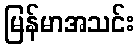
မြန်မာအသင်း